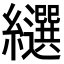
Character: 𦇗